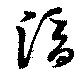
滴